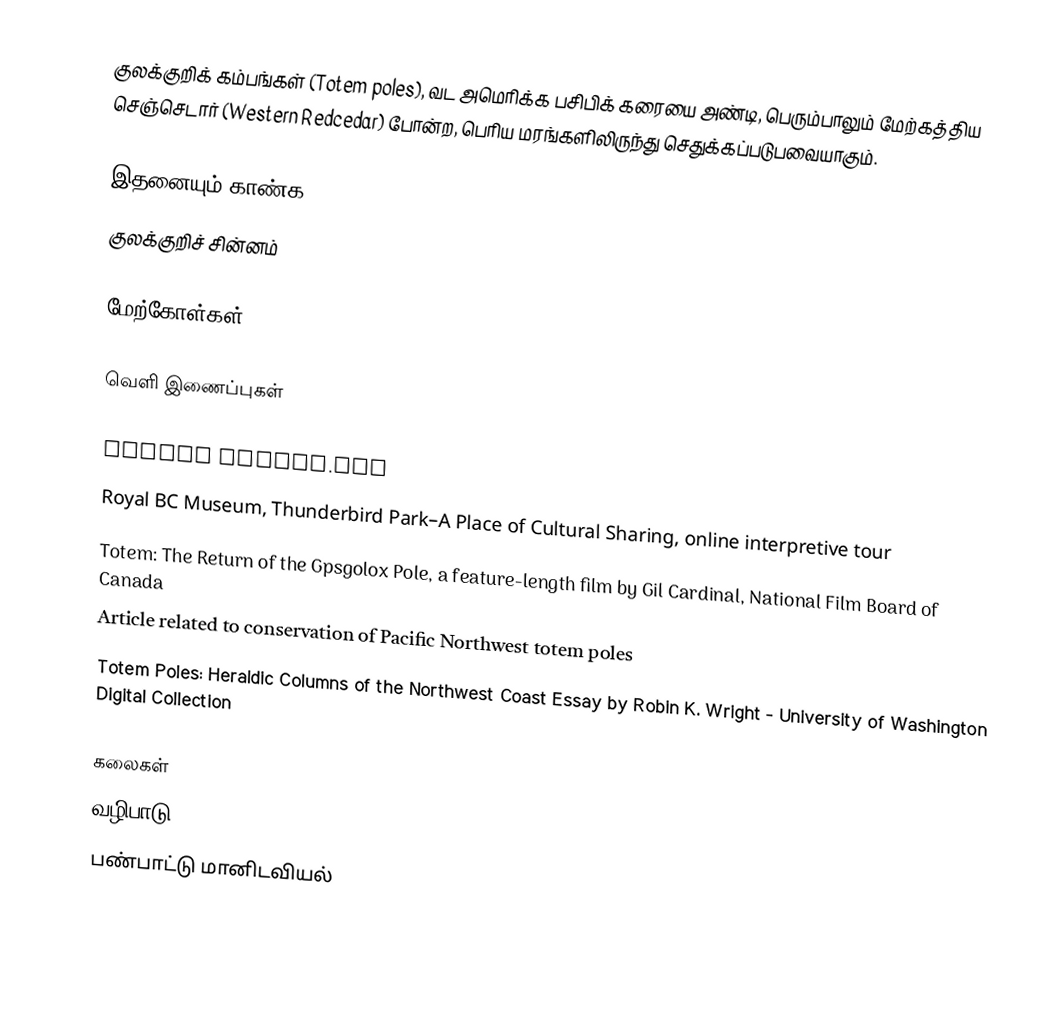
குலக்குறிக் கம்பங்கள் (Totem poles), வட அமெரிக்க பசிபிக் கரையை அண்டி, பெரும்பாலும் மேற்கத்திய செஞ்செடார் (Western Redcedar) போன்ற, பெரிய மரங்களிலிருந்து செதுக்கப்படுபவையாகும்.

இதனையும் காண்க
 குலக்குறிச் சின்னம்

மேற்கோள்கள்

வெளி இணைப்புகள்

 Native online.com
 Royal BC Museum, Thunderbird Park–A Place of Cultural Sharing, online interpretive tour
 Totem: The Return of the Gpsgolox Pole, a feature-length film by Gil Cardinal, National Film Board of Canada
 Article related to conservation of Pacific Northwest totem poles
Totem Poles: Heraldic Columns of the Northwest Coast Essay by Robin K. Wright - University of Washington Digital Collection

கலைகள்
வழிபாடு
பண்பாட்டு மானிடவியல்